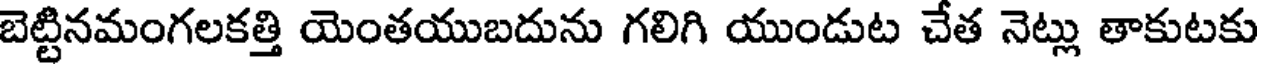
బెట్టినమంగలకత్తి యెంతయుబదును గలిగి యుండుట చేత నెట్లు తాకుటకు